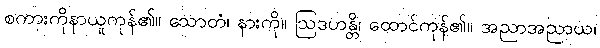
စကားကိုနာယူကုန်၏။ သောတံ၊ နားကို။ ဩဒဟန္တိ၊ ထောင်ကုန်၏။ အညာအညာယ၊